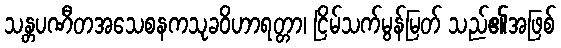
သန္တပဏီတအသေစနကသုခဝိဟာရတ္တာ၊ ငြိမ်သက်မွန်မြတ် သည်၏အဖြစ်